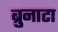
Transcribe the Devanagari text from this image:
ब्रुनाटा